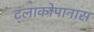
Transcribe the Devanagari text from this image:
ट्लाकोपानास